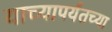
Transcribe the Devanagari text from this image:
याच्यापर्यंतच्या